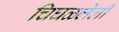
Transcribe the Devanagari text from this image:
चिघळलेली